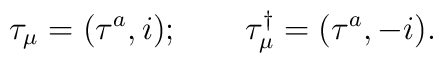
\tau _\mu =(\tau ^a,i);\qquad \tau _\mu ^{\dagger }=(\tau ^a,-i).